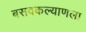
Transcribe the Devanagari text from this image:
बसवकल्याणला